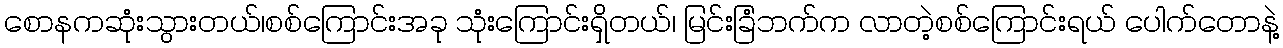
စောနကဆုံးသွားတယ်၊စစ်ကြောင်းအခု သုံးကြောင်းရှိတယ်၊ မြင်းခြံဘက်က လာတဲ့စစ်ကြောင်းရယ် ပေါက်တောနဲ့